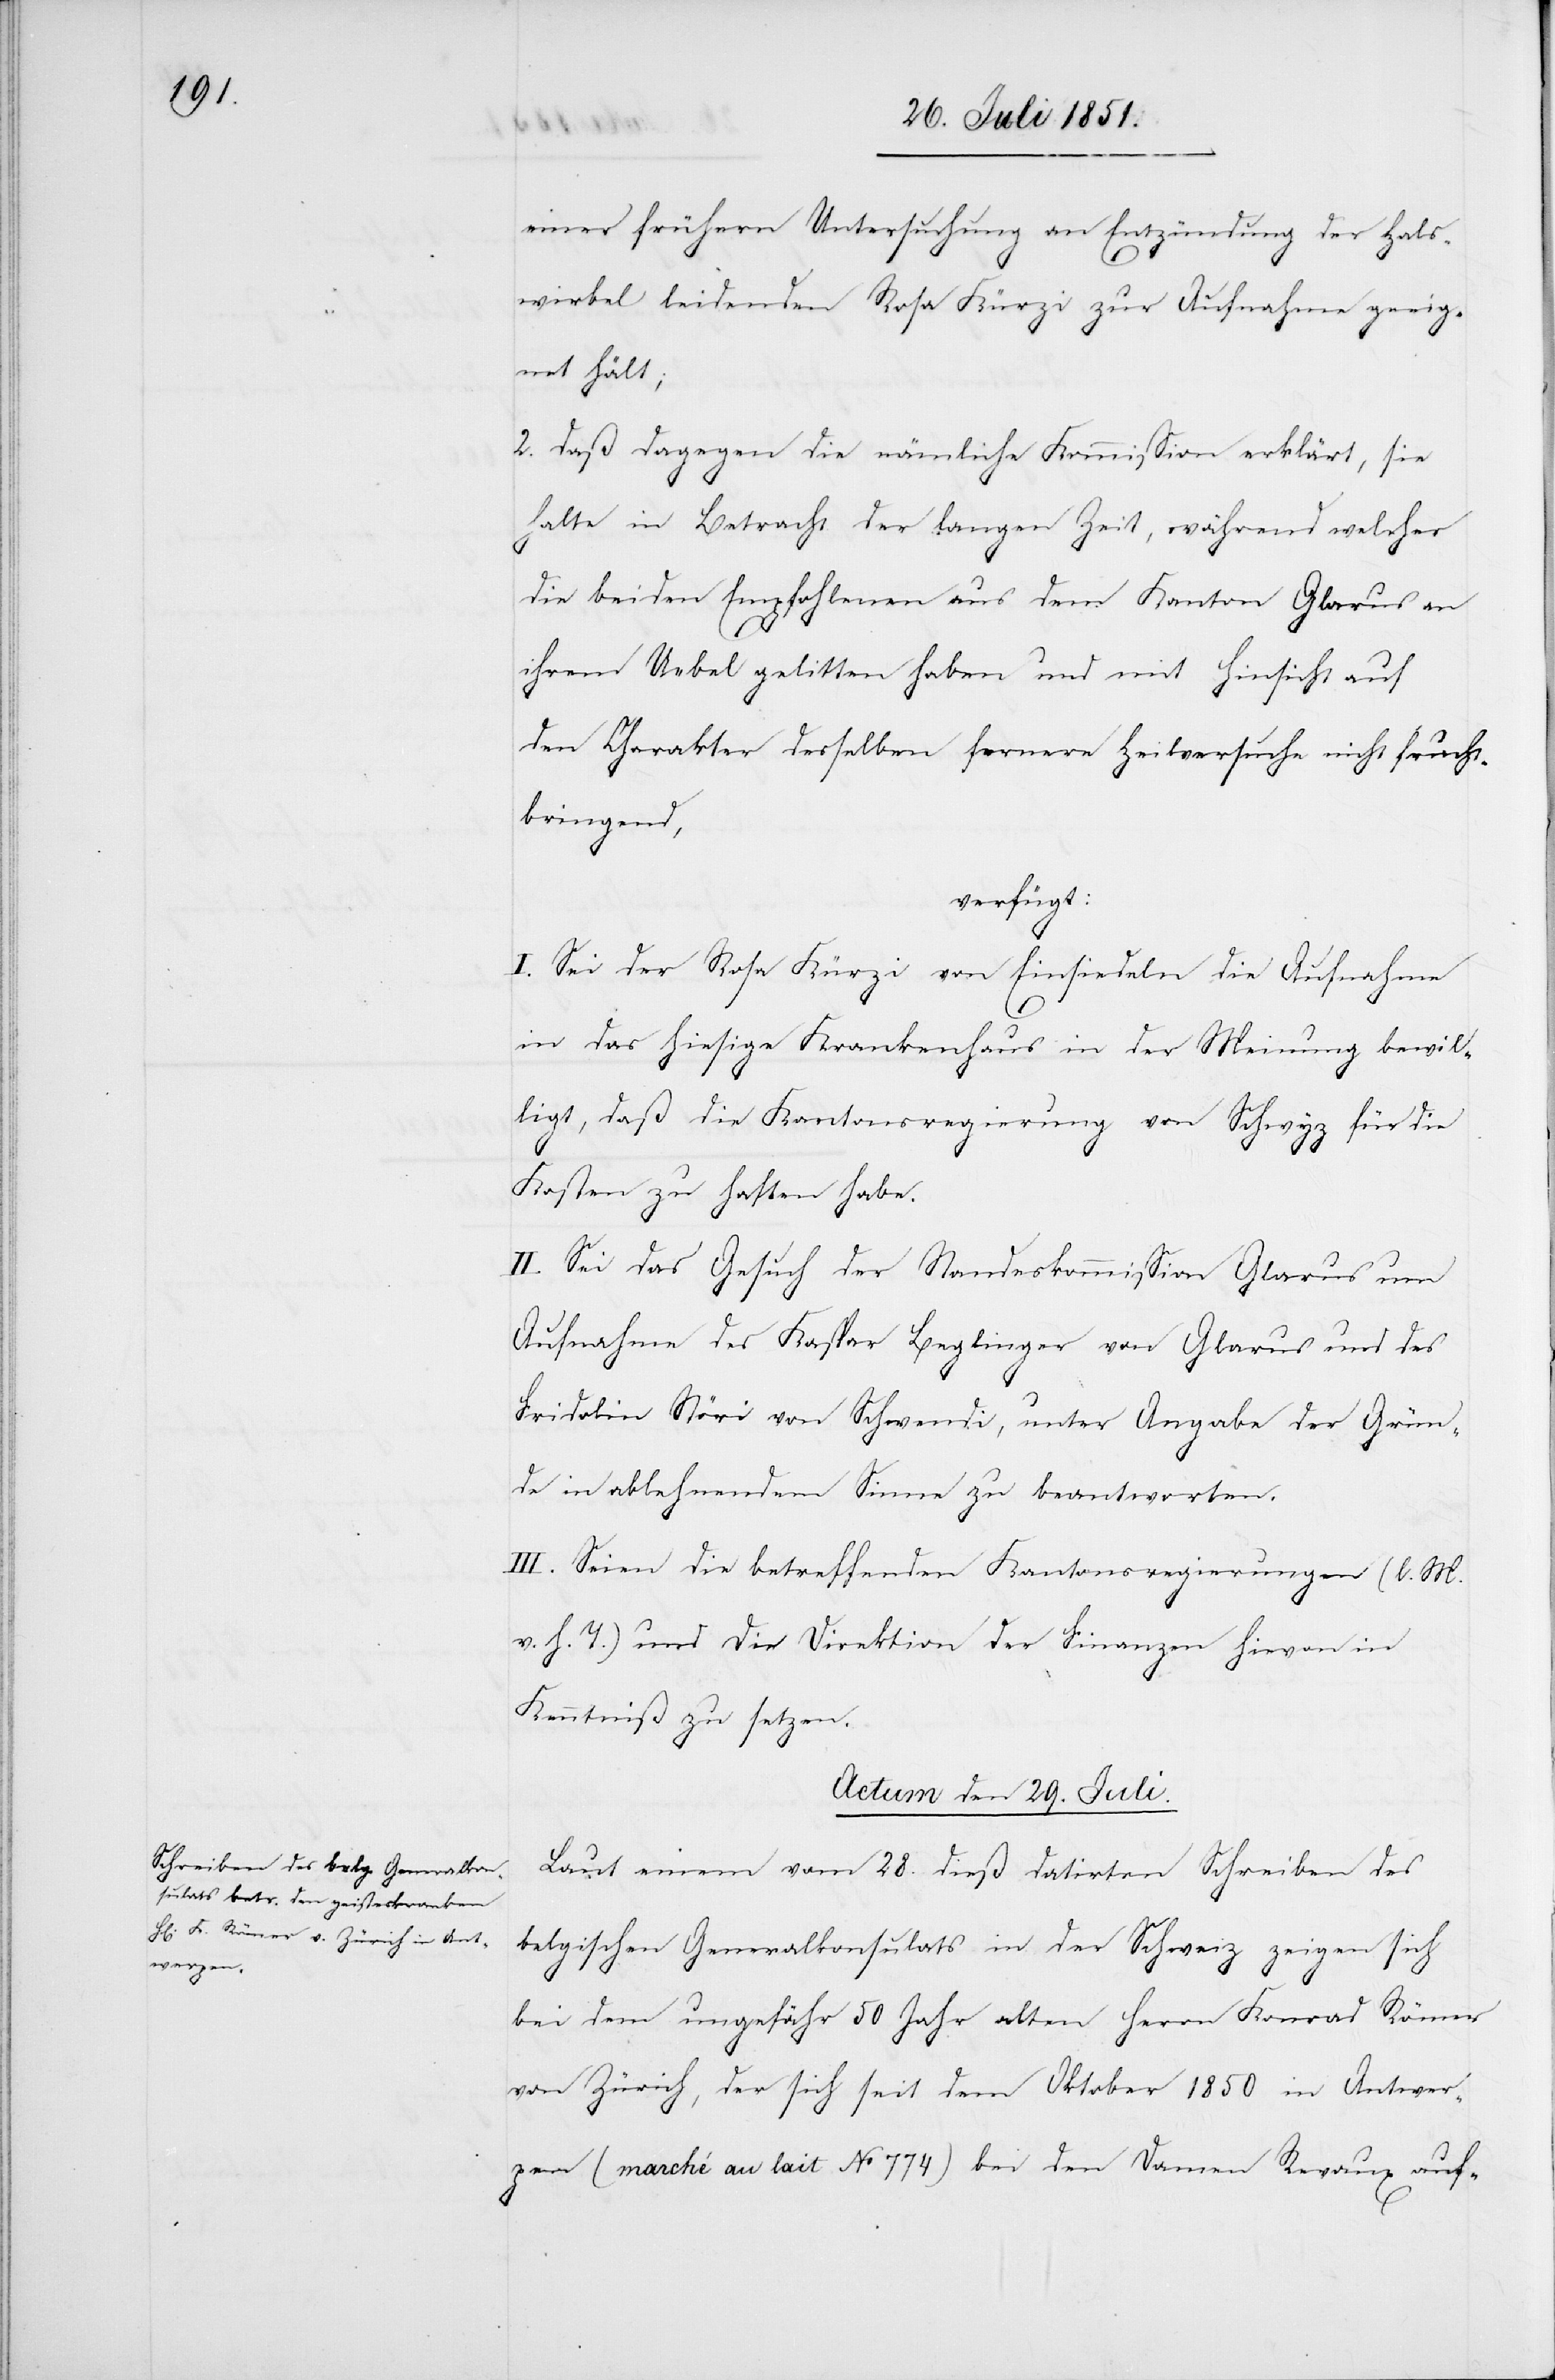
einer frühern Untersuchung an Entzündung der Hals¬
wirbel leidenden Rosa Kürzi zur Aufnahme geeig¬
net hält;
2. daß dagegen die nämliche Kommission erklärt, sie
halte in Betracht der langen Zeit, während welcher
die beiden Empfohlenen aus dem Kanton Glarus an
ihrem Uebel gelitten haben und mit Hinsicht auf
den Charakter desselben fernere Heilversuche nicht frucht¬
bringend,
verfügt:
I. Sei der Rosa Kürzi von Einsiedeln die Aufnahme
in das hiesige Krankenhaus in der Meinung bewil¬
ligt, daß die Kantonsregierung von Schwyz für die
Kosten zu haften habe.
II. Sei das Gesuch der Standeskommission Glarus um
Aufnahme des Kaspar Beglinger von Glarus und des
Fridolin Störi von Schwendi, unter Angabe der Grün¬
de in ablehnendem Sinne zu beantworten.
III. Seien die betreffenden Kantonsregierungen (l. M.
v. h. T.) und die Direktion der Finanzen hievon in
Kenntniß zu setzen.
Actum den 29. Juli.
Laut einem vom 28. dieß datirten Schreiben des
belgischen Generalkonsulats in der Schweiz zeigen sich
bei dem ungefähr 50 Jahr alten Herrn Konrad Römer
von Zürich, der sich seit dem Oktober 1850 in Antwer¬
pen (marché au lait No 774) bei den Damen Revaux auf-